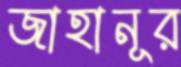
জাহানূর